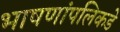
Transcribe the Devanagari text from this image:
भाषणांपलिकडे